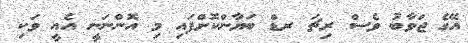
އޭގެ ޖަވާބު ވެސް ރިޗަ ރޑް ބަޔާންކޮށްފައި މި އޮންނަނީ އެއީ ވަކި